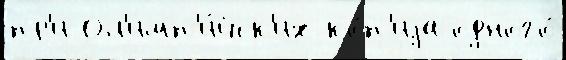
пр'и Ол'имп'и́йск'их ко́п'иjа одного́